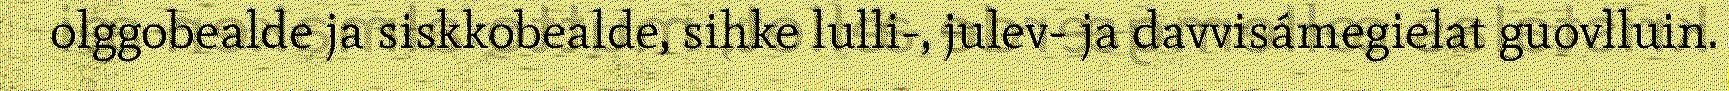
olggobealde ja siskkobealde, sihke lulli-, julev- ja davvisámegielat guovlluin.